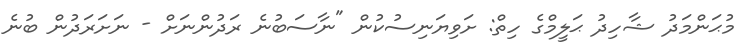
މުޙަންމަދު ޝާހިދު ޙަލީމްގެ ހިތް: ށަވިޔަނިސުކުން "ނާސަބުނެ ރަދުންނަށް - ނަށަރަދުން ބުނެ